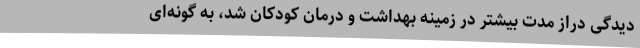
دیدگی دراز مدت بیشتر در زمینه بهداشت و درمان کودکان شد، به گونه‌ای